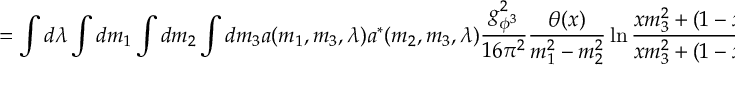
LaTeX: = \int d \lambda \int d m _ { 1 } \int d m _ { 2 } \int d m _ { 3 } a ( m _ { 1 } , m _ { 3 } , \lambda ) a ^ { \ast } ( m _ { 2 } , m _ { 3 } , \lambda ) \frac { g _ { \phi ^ { 3 } } ^ { 2 } } { 1 6 \pi ^ { 2 } } \frac { \theta ( x ) } { m _ { 1 } ^ { 2 } - m _ { 2 } ^ { 2 } } \ln \frac { x m _ { 3 } ^ { 2 } + ( 1 - x ) m _ { 1 } ^ { 2 } - x ( 1 - x ) M ^ { 2 } } { x m _ { 3 } ^ { 2 } + ( 1 - x ) m _ { 2 } ^ { 2 } - x ( 1 - x ) M ^ { 2 } } \, .